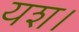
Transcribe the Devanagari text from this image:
यश।